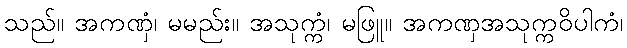
သည်။ အကဏှံ၊ မမည်း။ အသုက္ကံ၊ မဖြူ။ အကဏှအသုက္ကဝိပါကံ၊